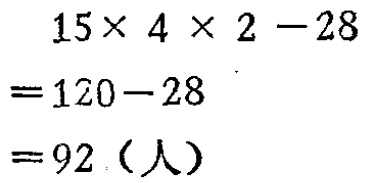
\[
\begin{align*}
&15\times 4\times 2 - 28\\
=&120 - 28\\
=&92（人）
\end{align*}
\]